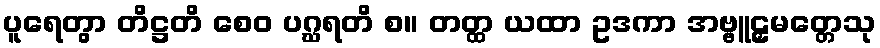
ပူရေတွာ တိဋ္ဌတိ စေဝ ပဂ္ဃရတိ စ။ တတ္ထ ယထာ ဥဒကာ အဗ္ဗူဠှမတ္တေသု